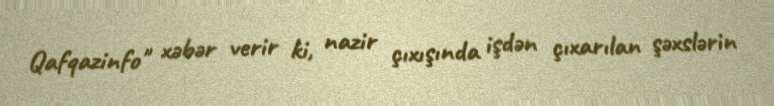
Qafqazinfo" xəbər verir ki, nazir çıxışında işdən çıxarılan şəxslərin